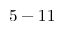
5 - 1 1